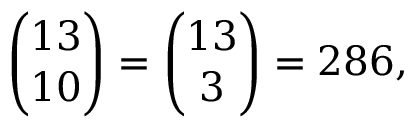
{ \binom { 1 3 } { 1 0 } } = { \binom { 1 3 } { 3 } } = 2 8 6 ,